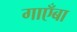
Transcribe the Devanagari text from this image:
गाएँबा